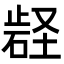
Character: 𭭬